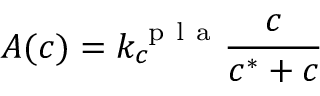
A ( c ) = k _ { c } ^ { \mathrm { ~ p ~ l ~ a ~ } } \frac { c } { c ^ { \ast } + c }